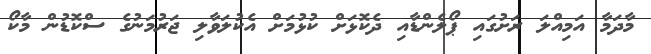
މާދަމާ އަމިއްލަ ރަށުގައި ޕޯލެންޑާއި ދެކޮޅަށް ކުޅުމަށް އެކުލަވާލި ޖަރުމަނުގެ ސްކޮޑުން މާކޯ